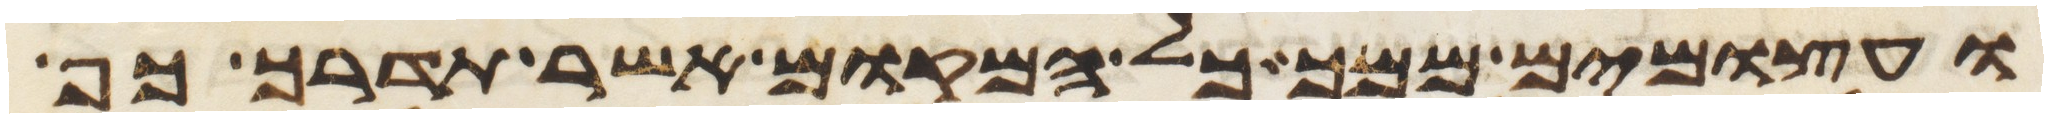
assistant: ועצמים ממך כל המקום אשר תדרך כף